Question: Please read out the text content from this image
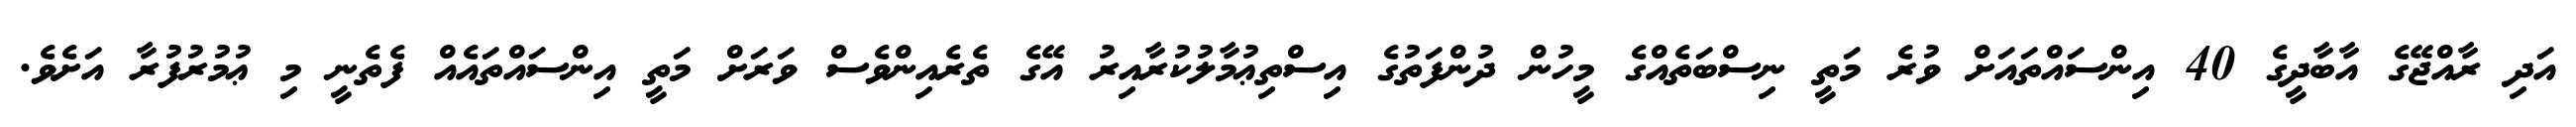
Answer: އަދި ރާއްޖޭގެ އާބާދީގެ 40 އިންސައްތައަށް ވުރެ މަތީ ނިސްބަތެއްގެ މީހުން ދުންފަތުގެ އިސްތިޢުމާލުކުރާއިރު އޭގެ ތެރެއިންވެސް ވަރަށް މަތީ އިންސައްތައެއް ފެތެނީ މި ޢުމުރުފުރާ އަށެވެ.